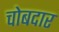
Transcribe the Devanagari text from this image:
चोबदार